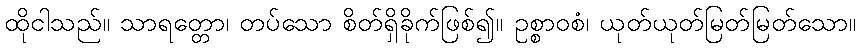
ထိုငါသည်။ သာရတ္တော၊ တပ်သော စိတ်ရှိခိုက်ဖြစ်၍။ ဥစ္စာဝစံ၊ ယုတ်ယုတ်မြတ်မြတ်သော။